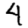
Digit: 4